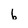
Character: b